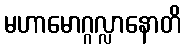
မဟာမောဂ္ဂလ္လာနောတိ